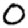
Digit: 0